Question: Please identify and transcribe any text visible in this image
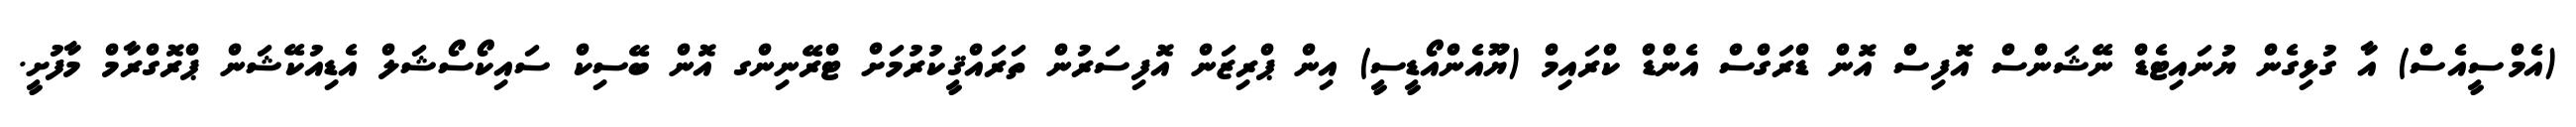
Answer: (އެމްސީއެސް) އާ ގުޅިގެން ޔުނައިޓެޑް ނޭޝަންސް އޮފިސް އޮން ޑްރަގްސް އެންޑް ކްރައިމް (ޔޫއެންއޯޑީސީ) އިން ޕްރިޒަން އޮފިސަރުން ތަރައްޤީކުރުމަށް ޓްރޭނިންގ އޮން ބޭސިކް ސައިކޯސޯޝަލް އެޑިއުކޭޝަން ޕްރޮގްރާމް މާފުށީ.